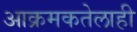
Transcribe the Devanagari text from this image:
आक्रमकतेलाही